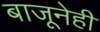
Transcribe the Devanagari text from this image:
बाजूनेही